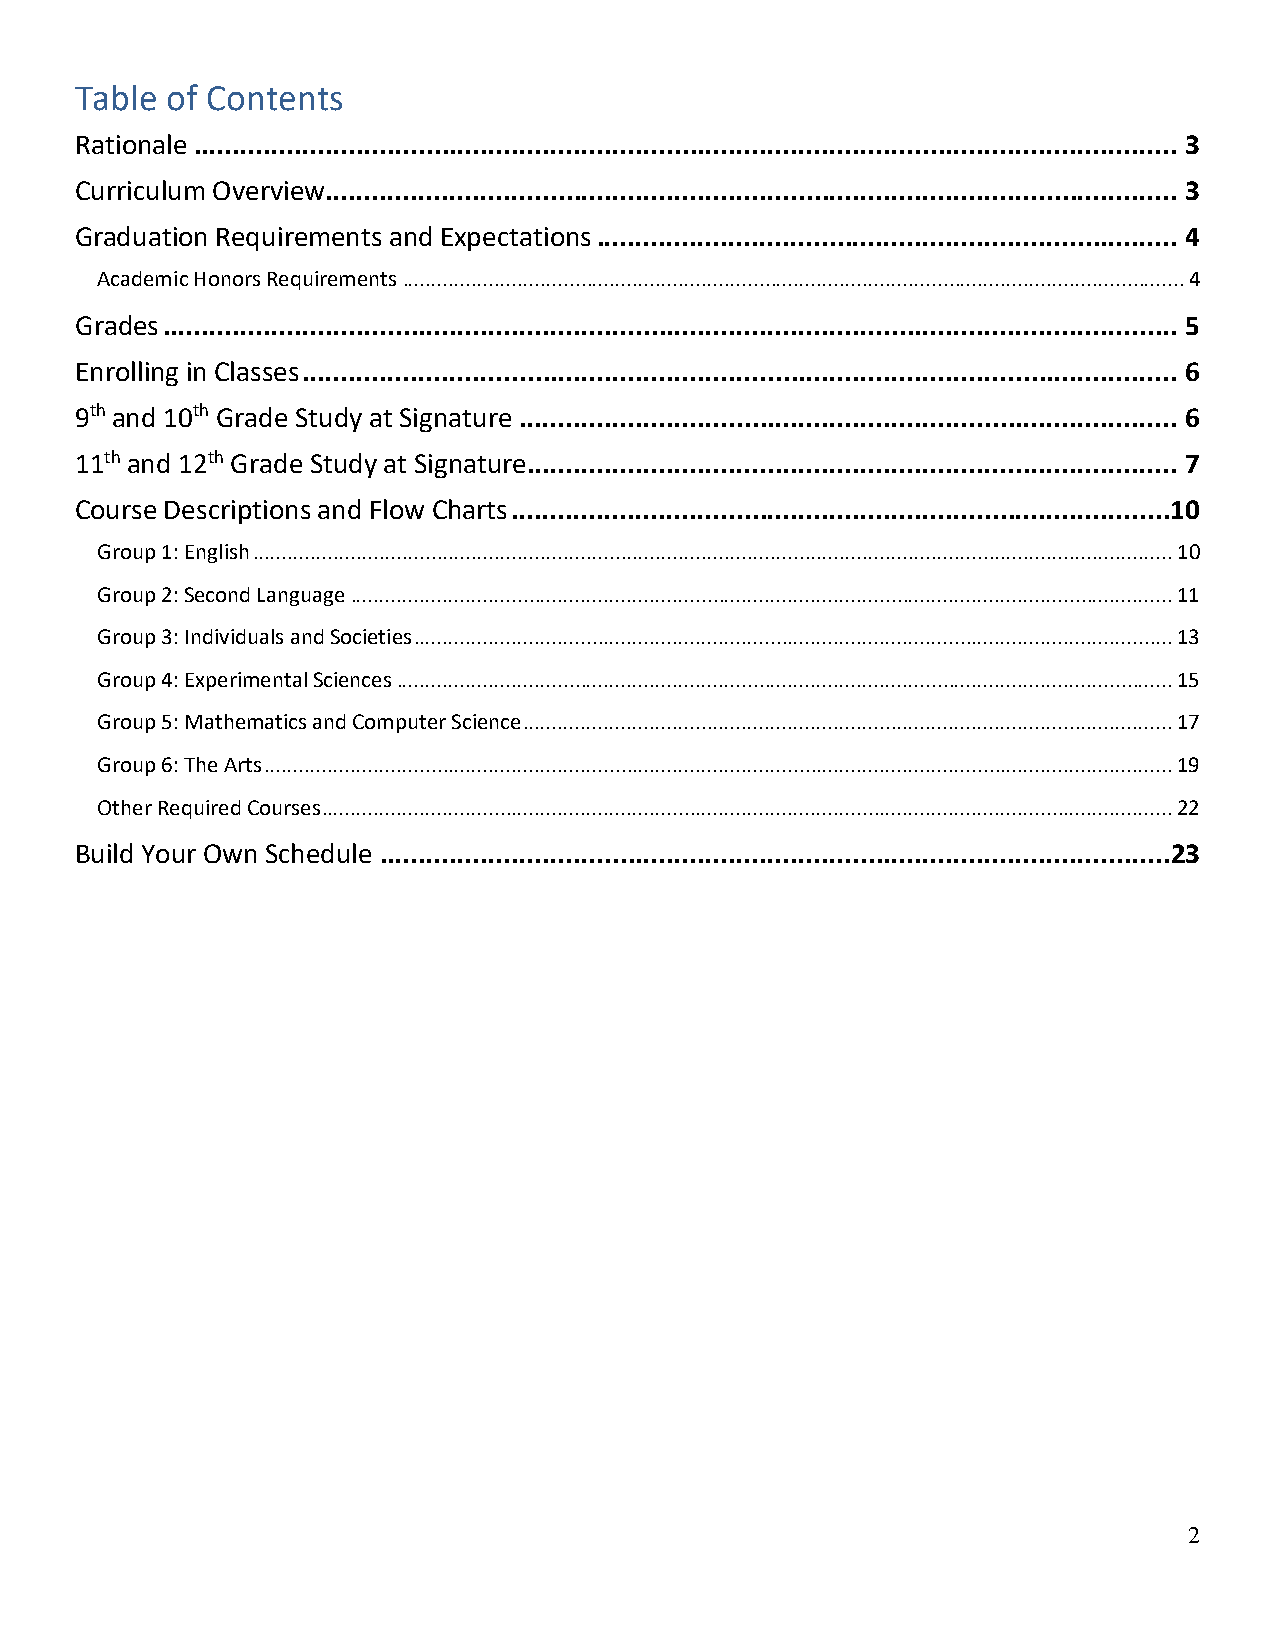
Table of Contents
 Rationale ............................................................................................................................... 3
 Curriculum Overview .............................................................................................................. 3
 Graduation Requirements and Expectations ........................................................................... 4
 Academic Honors Requirements ........................................................................................................................................ 4
 Grades ................................................................................................................................... 5
 Enrolling in Classes ................................................................................................................. 6
 9th and 10th Grade Study at Signature ..................................................................................... 6
 11th and 12th Grade Study at Signature .................................................................................... 7
 Course Descriptions and Flow Charts .....................................................................................1 0
 Group 1: English ................................................................................................................................................................ 10
 Group 2: Second Language ............................................................................................................................................... 11
 Group 3: Individuals and Societies .................................................................................................................................... 13
 Group 4: Experimental Sciences ....................................................................................................................................... 15
 Group 5: Mathematics and Computer Science ................................................................................................................. 17
 Group 6: The Arts .............................................................................................................................................................. 19
 Other Required Courses .................................................................................................................................................... 22
 Build Your Own Schedule ......................................................................................................2 3
 2